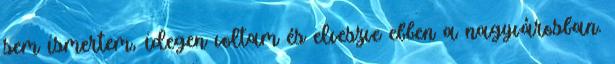
sem ismertem, idegen voltam és elveszve ebben a nagyvárosban.